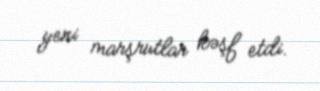
yeni marşrutlar kəşf etdi.